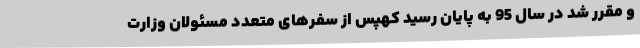
و مقرر شد در سال 95 به پایان رسید کهپس از سفرهای متعدد مسئولان وزارت